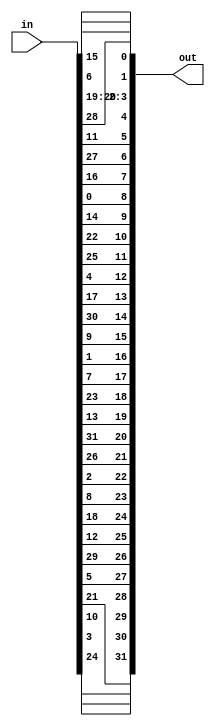
//straightP.v
//straight P-box for f block

module straightP(out, in);

	input [31:0] in; //input comes from s-boxes
	output [31:0] out; //output is the final output for the round
	
	/*16 7 20 21
	29 12 28 17
	1 15 23 26
	5 18 31 10
	2 8 24 14
	32 27 3 9
	19 13 30 6
	22 11 4 25 */
	
	//16 7 20 21 /*remember to subtract one so indicies are right*/
	assign out[0] = in[15];
	assign out[1] = in[6];
	assign out[2] = in[19];
	assign out[3] = in[20];
	
	//29 12 28 17
	assign out[4] = in[28];
	assign out[5] = in[11];
	assign out[6] = in[27];
	assign out[7] = in[16];
	
	//1 15 23 26
	assign out[8] = in[0];
	assign out[9] = in[14];
	assign out[10] = in[22];
	assign out[11] = in[25];
	
	//5 18 31 10
	assign out[12] = in[4];
	assign out[13] = in[17];
	assign out[14] = in[30];
	assign out[15] = in[9];
	
	//2 8 24 14
	assign out[16] = in[1];
	assign out[17] = in[7];
	assign out[18] = in[23];
	assign out[19] = in[13];
	
	//32 27 3 9
	assign out[20] = in[31];
	assign out[21] = in[26];
	assign out[22] = in[2];
	assign out[23] = in[8];
	
	//19 13 30 6
	assign out[24] = in[18];
	assign out[25] = in[12];
	assign out[26] = in[29];
	assign out[27] = in[5];
	
	//22 11 4 25
	assign out[28] = in[21];
	assign out[29] = in[10];
	assign out[30] = in[3];
	assign out[31] = in[24];

endmodule